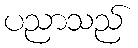
ပညာသည်